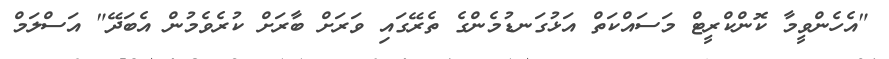
"އެހެންވީމާ ކޮންކްރީޓް މަސައްކަތް އަޅުގަނޑުމެންގެ ތެރޭގައި ވަރަށް ބާރަށް ކުރެވެމުން އެބަދޭ" އަސްލަމް